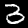
Digit: 3